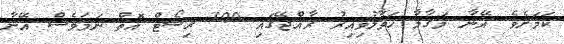
ކަމަށެވެ. އޭނާ މަގާމާ ހަވާލުވިއިރު ރާއްޖޭގައި 100 ރިސޯޓް އޮތް ނަމަވެސް އޭނާ